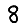
Digit: 8